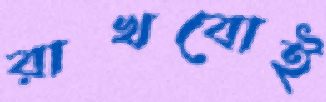
রাখবোই